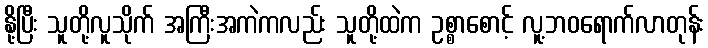
နို့ပြီး သူတို့လူသိုက် အကြီးအကဲကလည်း သူတို့ထဲက ဥစ္စာစောင့် လူ့ဘဝရောက်လာတုန်း